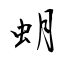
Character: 蚏